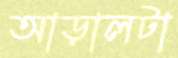
আড়ালটা